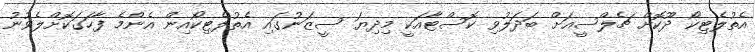
އެތުލެޓިކޯ ދޫކޮށް ޗެލްސީއަށް ބަދަލުވި ކޮސްޓާއަކީ މިދިޔަ ސީޒަނުގައި އެތުލެޓިކޯއިން އެންމެ ފާހަގަކޮށްލެވުނު